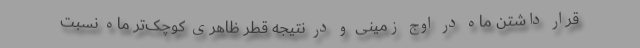
قرار داشتن ماه در اوج زمینی و در نتیجه قطر ظاهری کوچک‌تر ماه نسبت